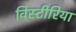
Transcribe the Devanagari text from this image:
विस्टीरिया